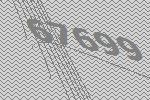
67699